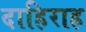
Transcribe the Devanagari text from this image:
दाहिराह